Treatise on elephants
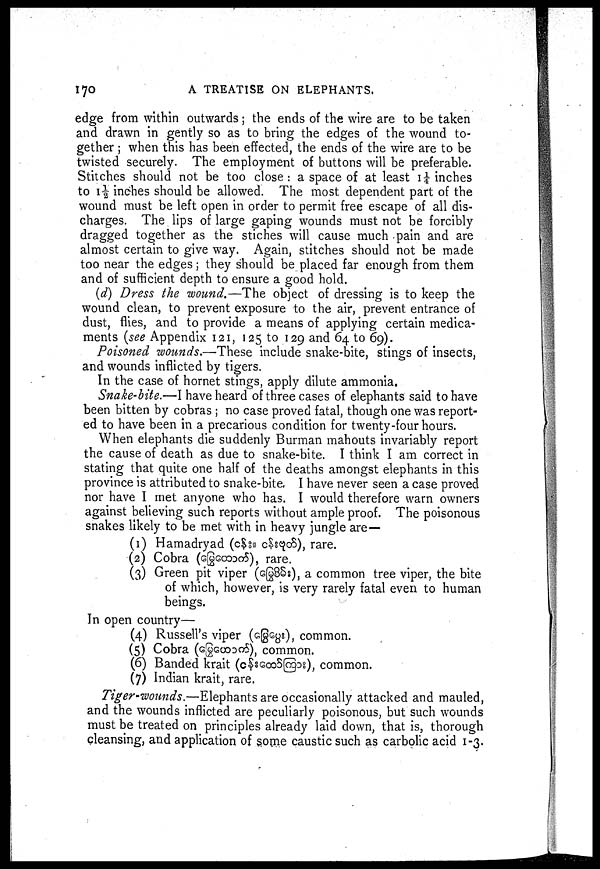
170
A TREATISE ON ELEPHANTS,
edge from within outwards; the ends of the wire are to be taken
and drawn in gently so as to bring the edges of the wound to-
gether ; when this has been effected, the ends of the wire are to be
twisted securely. The employment of buttons will be preferable.
Stitches should not be too close: a space of at least 1¼ inches
to 1½ inches should be allowed. The most dependent part of the
wound must be left open in order to permit free escape of all dis-
charges. The lips of large gaping wounds must not be forcibly
dragged together as the stiches will cause much pain and are
almost certain to give way. Again, stitches should not be made
too near the edges; they should be placed far enough from them
and of sufficient depth to ensure a good hold.
(d) Dress the wound.—The object of dressing is to keep the
wound clean, to prevent exposure to the air, prevent entrance of
dust, flies, and to provide a means of applying certain medica-
ments (see Appendix 121, 125 to 129 and 64 to 69).
Poisoned wounds.—These include snake-bite, stings of insects,
and wounds inflicted by tigers.
In the case of hornet stings, apply dilute ammonia.
Snake-bite.—I have heard of three cases of elephants said to have
been bitten by cobras ; no case proved fatal, though one was report-
ed to have been in a precarious condition for twenty-four hours.
When elephants die suddenly Burman mahouts invariably report
the cause of death as due to snake-bite. I think I am correct in
stating that quite one half of the deaths amongst elephants in this
province is attributed to snake-bite. I have never seen a case proved
nor have I met anyone who has. I would therefore warn owners
against believing such reports without ample proof. The poisonous
snakes likely to be met with in heavy jungle are—
(1) Hamadryad (
), rare.
(2) Cobra (
), rare.
(3) Green pit viper ( ), a common tree viper, the bite
of which, however, is very rarely fatal even to human
beings.
In open country—
(4) Russell's viper ( ), common.
(5) Cobra (
), common.
(6) Banded krait (
), common.
(7) Indian krait, rare.
Tiger-wounds.—Elephants are occasionally attacked and mauled,
and the wounds inflicted are peculiarly poisonous, but such wounds
must be treated on principles already laid down, that is, thorough
cleansing, and application of some caustic such as carbolic acid 1-3.